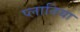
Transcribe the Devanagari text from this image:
प्लातिया